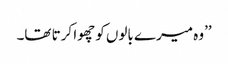
’’وہ میرے بالوں کو چھوا کرتا تھا۔